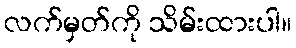
လက်မှတ်ကို သိမ်းထားပါ။